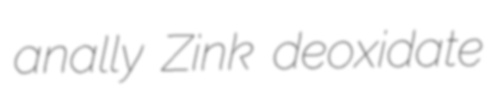
anally Zink deoxidate